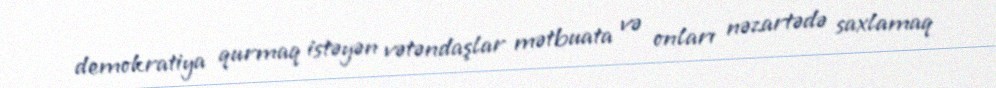
demokratiya qurmaq istəyən vətəndaşlar mətbuata və onları nəzartədə saxlamaq